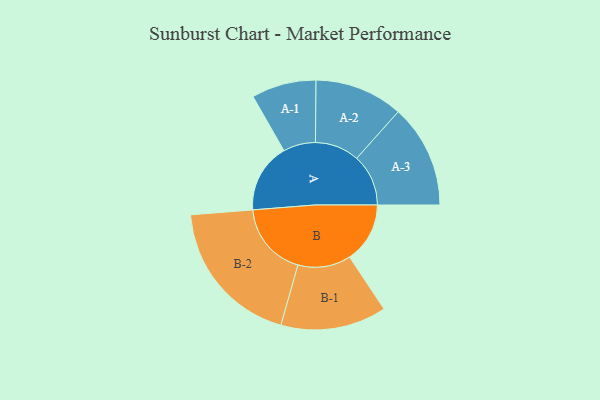
{"axis": {"x": "Segment", "y": "Value"}, "legend": ["", "A", "B"], "data": [{"x": "A", "y": 279, "type": ""}, {"x": "B", "y": 243, "type": ""}, {"x": "A-1", "y": 130, "type": "A"}, {"x": "A-2", "y": 178, "type": "A"}, {"x": "A-3", "y": 208, "type": "A"}, {"x": "B-1", "y": 213, "type": "B"}, {"x": "B-2", "y": 300, "type": "B"}]}